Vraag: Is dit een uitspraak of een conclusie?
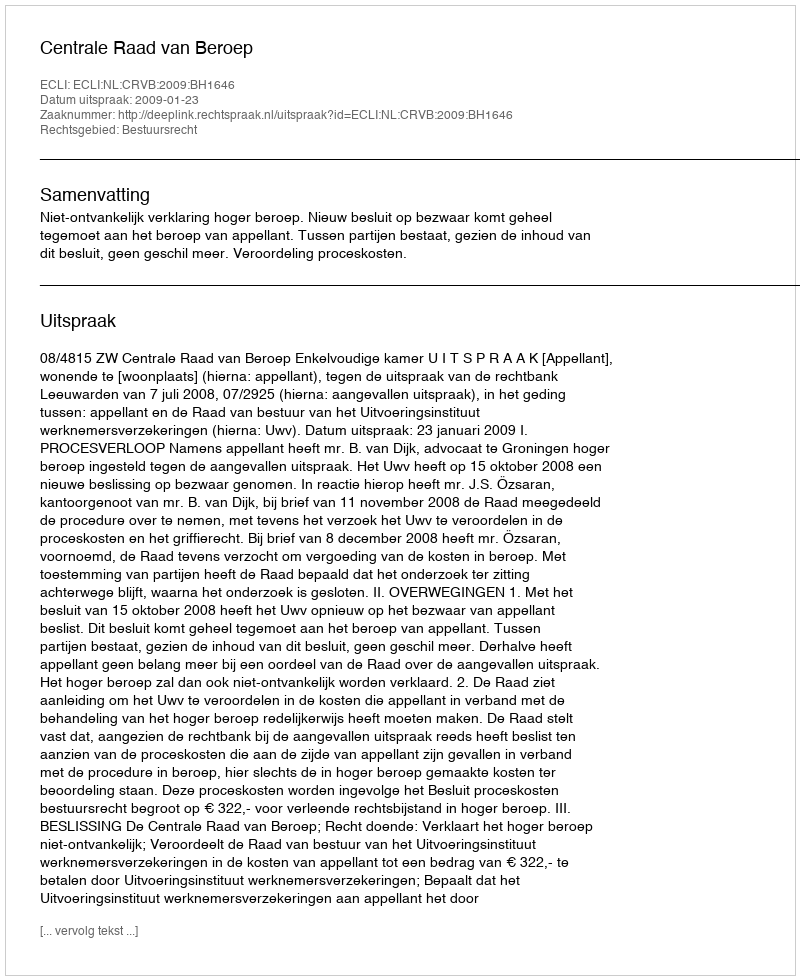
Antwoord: Uitspraak